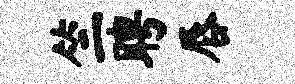
竺聘唇